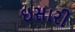
ઇસારી